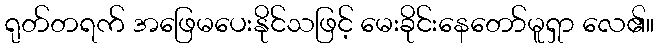
ရုတ်တရက် အဖြေမပေးနိုင်သဖြင့် မေးခိုင်းနေတော်မူရှာ လေ၏။